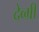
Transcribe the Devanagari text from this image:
देव्ग्री